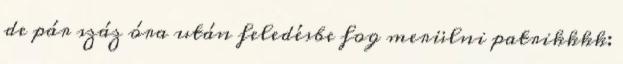
de pár száz óra után feledésbe fog merülni patrikkkk: